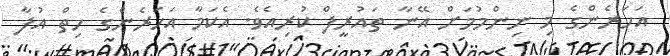
އަހަރެންގެ މި ނިންމުމަށް އޭނާ ތައުރީފް ކުރިއެވެ. އެކަމާ އަހަރެންގެ ހިތް އުފާ